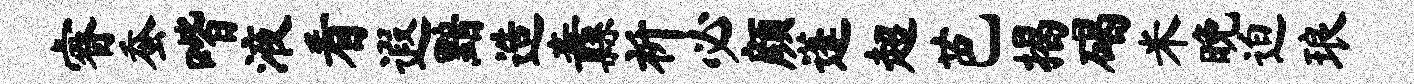
睿蚕喈液看遐黯造纛祈必颜蓬超芭揭碣米晚迫琅